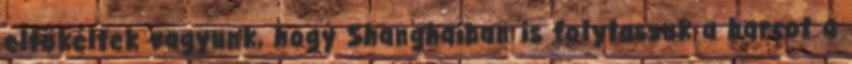
eltökéltek vagyunk, hogy Shanghaiban is folytassuk a harcot a